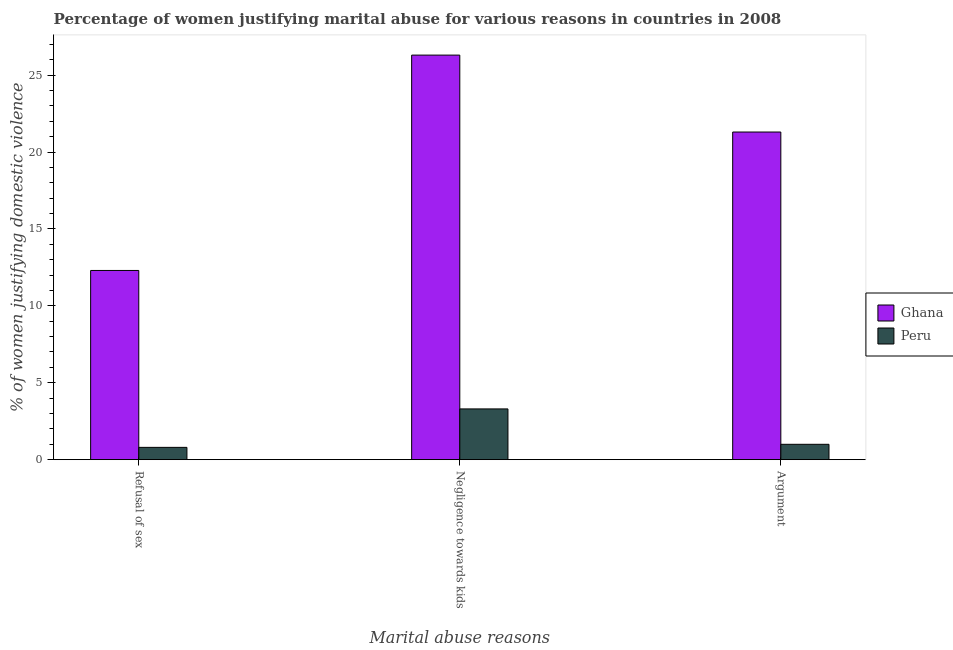
| Marital abuse reasons | Ghana | Peru |
 | --- | --- | --- |
 | Refusal of sex | 12.3 | 0.8 |
 | Negligence towards kids | 26.3 | 3.3 |
 | Argument | 21.3 | 1 |